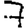
Digit: 7